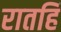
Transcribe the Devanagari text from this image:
रातहिं